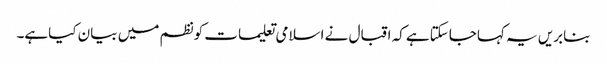
بنابریں یہ کہاجاسکتاہے کہ اقبال نے اسلامی تعلیمات کونظم میں بیان کیاہے۔